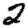
Digit: 2